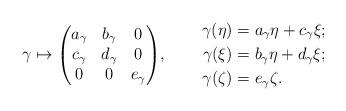
LaTeX: \begin{align*}\gamma(\eta)&=a_\gamma\eta+c_\gamma\xi; \\ \gamma\mapsto\smash{\begin{pmatrix} a_\gamma & b_\gamma & 0 \\ c_\gamma & d_\gamma & 0 \\ 0 & 0 & e_\gamma \end{pmatrix}}, \qquad\, \gamma(\xi)&=b_\gamma\eta+d_\gamma\xi; \\ \gamma(\zeta)&=e_\gamma\zeta. \end{align*}